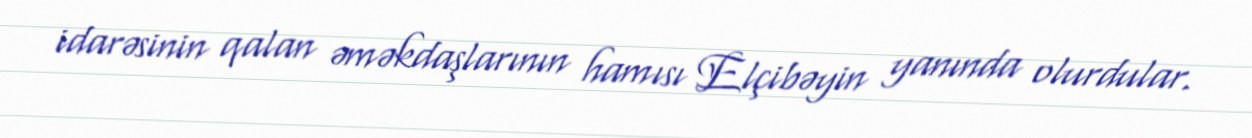
idarəsinin qalan əməkdaşlarının hamısı Elçibəyin yanında olurdular.